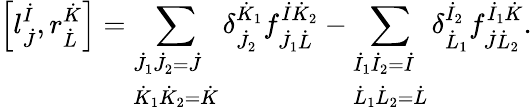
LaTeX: \left[l_{\dot{J}}^{\dot{I}},r_{\dot{L}}^{\dot{K}}\right]=\sum_{\begin{array}{l}{{\dot{J}_{1}\dot{J}_{2}=\dot{J}}}\\ {{\dot{K}_{1}\dot{K}_{2}=\dot{K}}}\end{array}}\delta_{\dot{J}_{2}}^{\dot{K}_{1}}f_{\dot{J}_{1}\dot{L}}^{\dot{I}\dot{K}_{2}}-\sum_{\begin{array}{l}{{\dot{I}_{1}\dot{I}_{2}=\dot{I}}}\\ {{\dot{L}_{1}\dot{L}_{2}=\dot{L}}}\end{array}}\delta_{\dot{L}_{1}}^{\dot{I}_{2}}f_{\dot{J}\dot{L}_{2}}^{\dot{I}_{1}\dot{K}}.